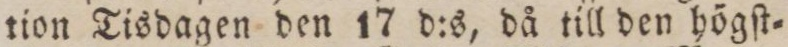
tion Tisdagen den 17 d:s, då till den högſt=